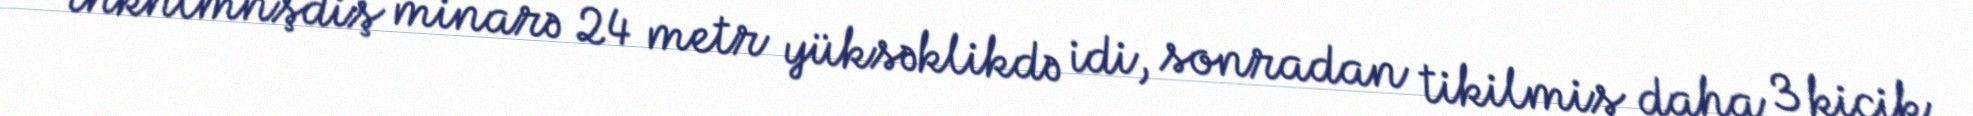
tnknlmnşdiş minarə 24 metr yüksəklikdə idi, sonradan tikilmiş daha 3 kiçik